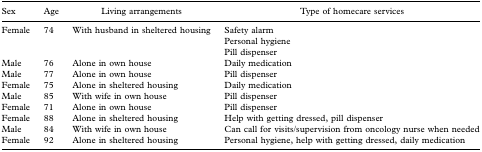
| Sex | Age | Living arrangements | Type of homecare services |
 | --- | --- | --- | --- |
 | Female | 74 | With husband in sheltered housing | Safety alarmPersonal hygienePill dispenser |
 | Male | 76 | Alone in own house | Daily medication |
 | Male | 77 | Alone in own house | Pill dispenser |
 | Female | 75 | Alone in sheltered housing | Daily medication |
 | Male | 85 | With wife in own house | Pill dispenser |
 | Female | 71 | Alone in own house | Pill dispenser |
 | Female | 88 | Alone in sheltered housing | Help with getting dressed, pill dispenser |
 | Male | 84 | With wife in own house | Can call for visits/supervision from oncology nurse when needed |
 | Female | 92 | Alone in sheltered housing | Personal hygiene, help with getting dressed, daily medication |